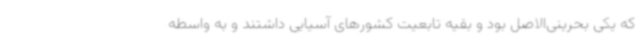
که یکی بحرینی‌الاصل بود و بقیه تابعیت کشورهای آسیایی داشتند و به واسطه